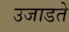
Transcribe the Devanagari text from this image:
उजाडते